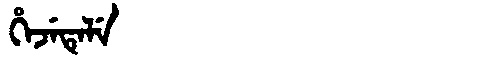
Manchu: ᡥᡝᠵᡝᡨᡝᠯᡝ
Romanization: HEJETELE